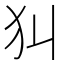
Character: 𤜟